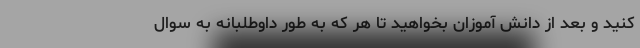
کنید و بعد از دانش آموزان بخواهید تا هر که به طور داوطلبانه به سوال